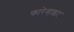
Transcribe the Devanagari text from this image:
फारेन्हाइट